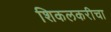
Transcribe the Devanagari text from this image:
शिकलकरीचा